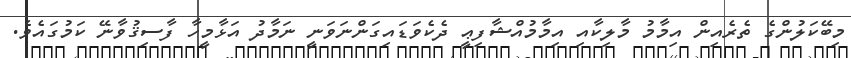
މިބޭކަލުންގެ ތެރެއިން އިމާމު މާލިކާއި އިމާމުއްޝާފިޢީ ދެކެވަޑައިގަންނަވަނީ ނަމާދު އަޅާމީހާ ފާސިޤުވާނޭ ކަމުގައެވެ.